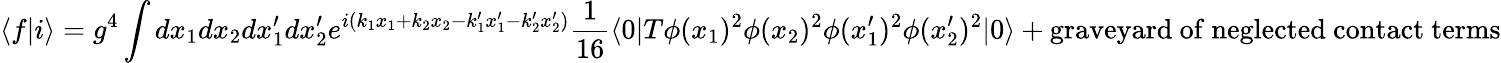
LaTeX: \langle f|i\rangle=g^{4}\int dx_{1}dx_{2}dx_{1}^{\prime}dx_{2}^{\prime}e^{i(k_{1}x_{1}+k_{2}x_{2}-k_{1}^{\prime}x_{1}^{\prime}-k_{2}^{\prime}x_{2}^{\prime})}\frac{1}{16}\langle 0|T\phi(x_{1})^{2}\phi(x_{2})^{2}\phi(x_{1}^{\prime})^{2}\phi(x_{2}^{\prime})^{2}|0\rangle+\mathrm{graveyard~of~neglected~contact~terms}